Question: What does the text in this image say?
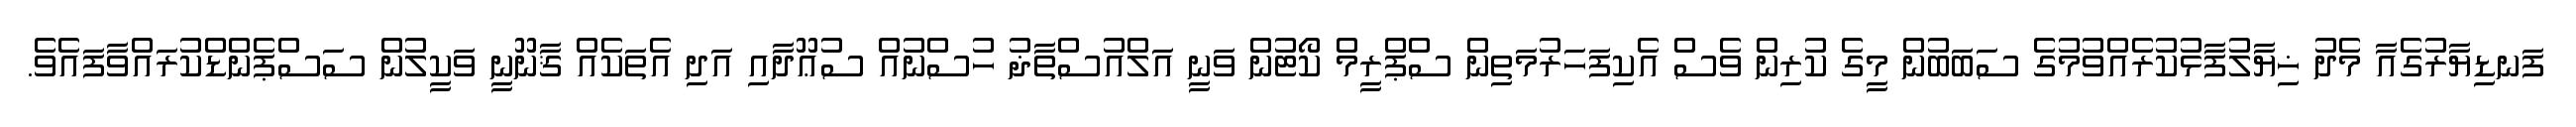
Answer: ފަނޑިޔާރުގެއާ މެދު ޚިޔާލުފާޅުކުރެއްވުމުގެ ސަބަބުން މީގެ ކުރިން ވެސް އެކިފަހަރުމަތިން ސްޕްރީމް ކޯޓުން ވަނީ އަލްއުސްތާޛު ހުސްނުއް ސުޢޫދާއި އަދި އެތަކެއް ޤާނޫނީ ވަކީލުން ސަސްޕެންޑްކުރައްވާފައެވެ.